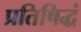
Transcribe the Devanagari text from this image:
प्रतिषिद्धं